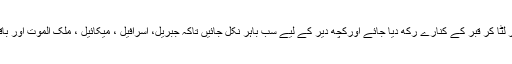
میری میت کو چارپائی پر لٹا کر قبر کے کنارے رکھ دیا جائے اورکچھ دیر کے لیے سب باہر نکل جائیں تاکہ جبریل، اسرافیل ، میکائیل ، ملک الموت اور باقی فرشتے دعا کر سکیں ۔